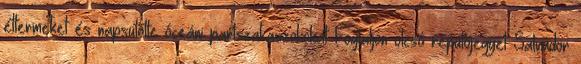
éttermeket és napsütötte óceáni partszakaszokokat Foglaljon olcsó repülőjegyet Salvador